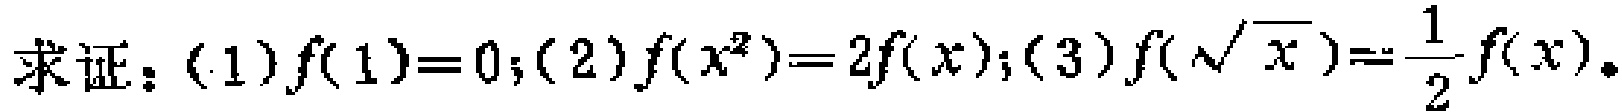
求证：(1)$f(1)=0$；(2)$f(x^{2}) = 2f(x)$；(3)$f(\sqrt{x})=\frac{1}{2}f(x)$。